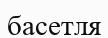
басетля